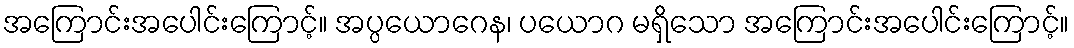
အကြောင်းအပေါင်းကြောင့်။ အပ္ပယောဂေန၊ ပယောဂ မရှိသော အကြောင်းအပေါင်းကြောင့်။